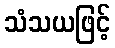
သံသယဖြင့်